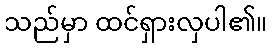
သည်မှာ ထင်ရှားလှပါ၏။